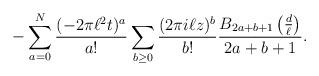
LaTeX: \begin{align*}-\sum_{a=0}^N \frac{(-2\pi \ell^2t)^a}{a!} \sum_{b\geq 0}\frac{(2\pi i\ell z)^b}{b!}\frac{B_{2a+b+1}\left(\frac{d}{\ell}\right)}{2a+b+1}. \end{align*}